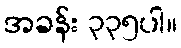
အခန်း ၃၃၅ပါ။